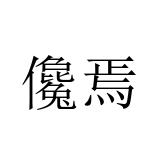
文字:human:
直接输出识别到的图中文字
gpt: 儳焉